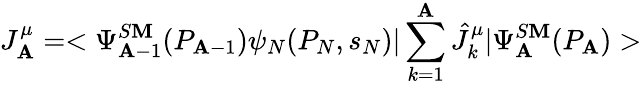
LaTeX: J_{\mathbf{A}}^{\mu}=<\Psi_{\mathbf{A}-1}^{S\mathbf{M}}(P_{\mathbf{A}-1})\psi_{N}(P_{N},s_{N})|\sum_{k=1}^{\mathbf{A}}\hat{{J}}_{k}^{\mu}|\Psi_{\mathbf{A}}^{S\mathbf{M}}(P_{\mathbf{A}})>